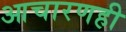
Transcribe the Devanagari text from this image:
आचारणही